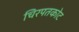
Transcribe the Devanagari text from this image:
चिरपतकोट